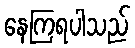
နေကြရပါသည်